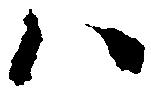
ハ